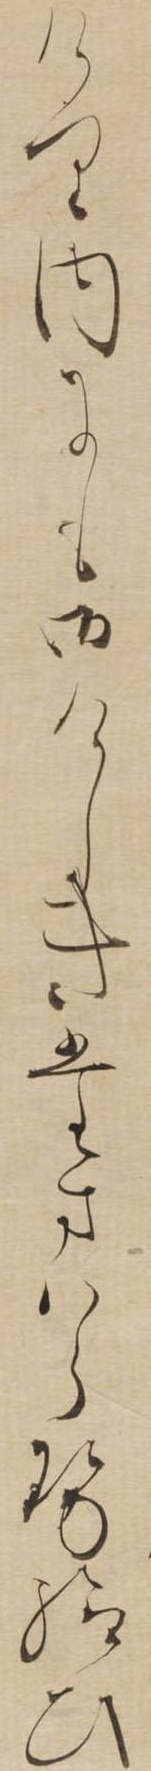
けり内にも御けしきたまはらせ給ひ